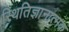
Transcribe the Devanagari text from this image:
स्थितिज्ञानात्मक